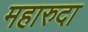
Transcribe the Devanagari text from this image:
महारुदा